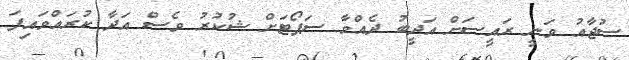
ސުޖާއު ވަނީ ރައީސަށް އަދީބު ދެއްވާ ސަޕޯޓަށް ޝުކުރު ވެސް އަދާ ކުރައްވައިފަ